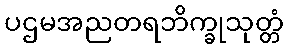
ပဌမအညတရဘိက္ခုသုတ္တံ